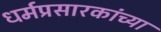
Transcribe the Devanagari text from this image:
धर्मप्रसारकांच्या